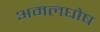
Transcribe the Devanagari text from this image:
अमलघोष